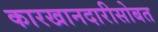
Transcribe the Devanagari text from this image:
कारखानदारीसोबत